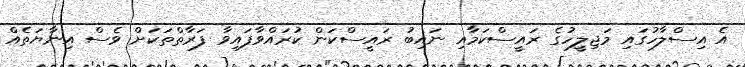
އެ އިސްލާހުގަައި މަޖިލީހުގެ ރައީސްކަމާއި ނައިބު ރައީސްކަން ކުރައްވާފައިވާ ފަރާތްތަކަށް ވެސް އިނާޔަތެއް